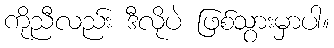
ကိုညီလည်း ဒီလိုပဲ ဖြစ်သွားမှာပါ။